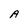
Character: A